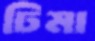
ঢিমা